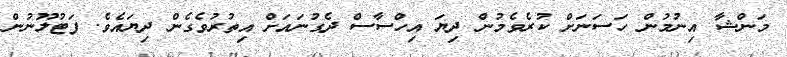
މަންޝާ އިނުމުން ހަސަނަށް ކުރެވެމުން ދިޔަ އިހްސާސް ދެގުނައަށް އިތުރުވެގެން ދިޔައެވެ. ފަޓުލޫނުން